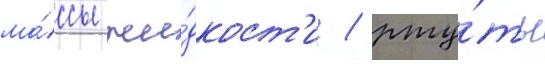
ма́ссы жи́дкост'и / рту́ть